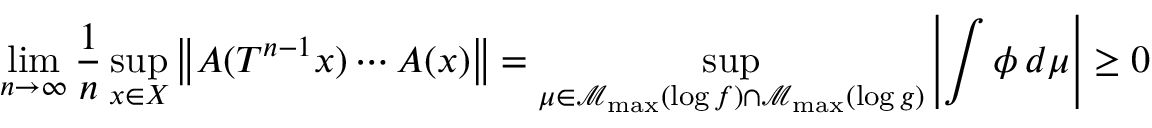
\operatorname* { l i m } _ { n \to \infty } \frac { 1 } { n } \operatorname* { s u p } _ { x \in X } \left\| A ( T ^ { n - 1 } x ) \cdots A ( x ) \right\| = \operatorname* { s u p } _ { \mu \in \mathcal { M } _ { \operatorname* { m a x } } ( \log f ) \cap \mathcal { M } _ { \operatorname* { m a x } } ( \log g ) } \left| \int \phi \, d \mu \right| \geq 0